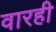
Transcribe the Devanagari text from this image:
वारही